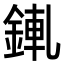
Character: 錷